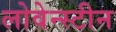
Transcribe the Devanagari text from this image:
लोवेन्स्टीन